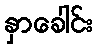
နှာခေါင်း